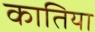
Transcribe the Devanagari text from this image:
कातिया